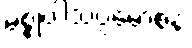
မစ္စုပါသပ္ပမောစနံ